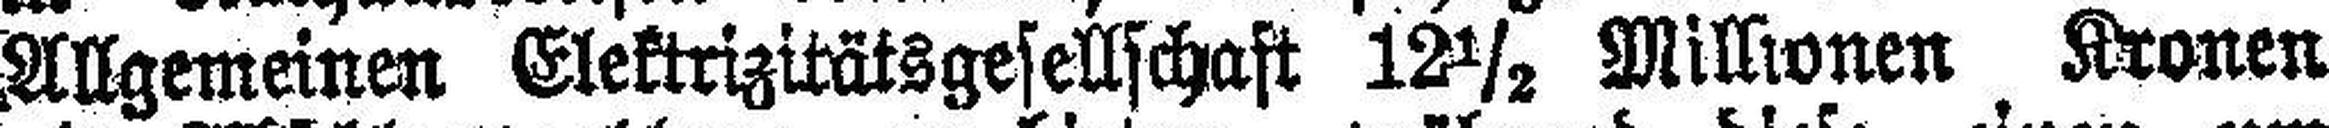
Allgemeinen Elektrizitätsgesellschaft 12½ Millionen Kronen